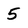
Character: 5